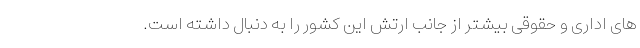
های اداری و حقوقی بیشتر از جانب ارتش این کشور را به دنبال داشته است.